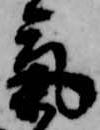
気